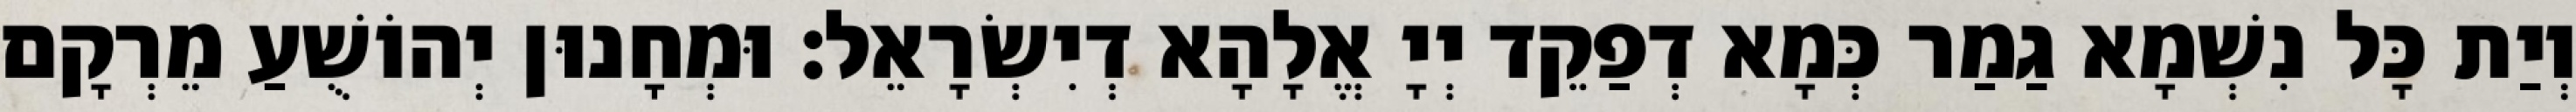
וְיַת כָּל נִשְׁמָא גַמַר כְּמָא דְפַקֵד יְיָ אֱלָהָא דְיִשְׂרָאֵל׃ וּמְחָנוּן יְהוֹשֻׁעַ מֵרְקָם